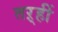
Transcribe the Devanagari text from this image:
तऱ्हीं